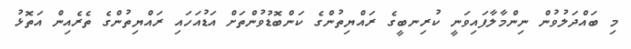
މި ބައްދަލުވުން ނިންމާލާފައިވަނީ ކުރިނބީގެ ރައްޔިތުންގެ ކަންބޮޑުވުންތަށް އަޑުއަހައި ރައްޔިތުންގެ ތެރެއިން އަތޮޅު